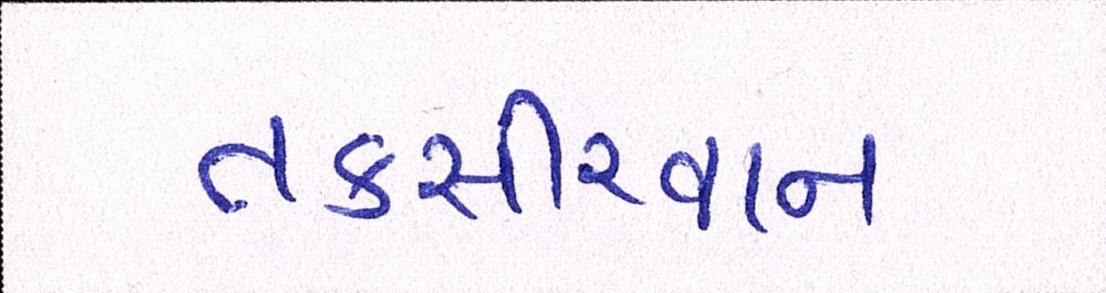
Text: તકસીરવાન